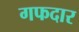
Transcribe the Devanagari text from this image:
गफदार